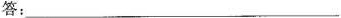
答：___